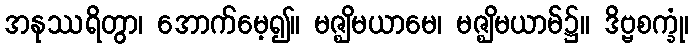
အနုဿရိတွာ၊ အောက်မေ့၍။ မဇ္ဈိမယာမေ၊ မဇ္ဈိမယာမ်၌။ ဒိဗ္ဗစက္ခုံ၊